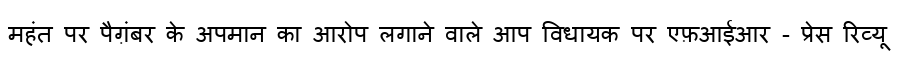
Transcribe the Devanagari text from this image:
महंत पर पैग़ंबर के अपमान का आरोप लगाने वाले आप विधायक पर एफ़आईआर - प्रेस रिव्यू